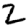
Digit: 2